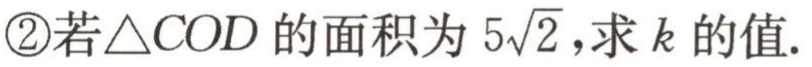
\textcircled{2}若\(\triangle COD\)的面积为\(5\sqrt{2}\)，求\(k\)的值.